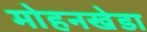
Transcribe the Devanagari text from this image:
मोहनखेडा